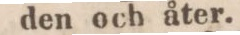
den och åter.